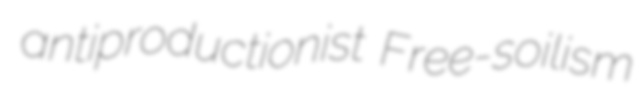
antiproductionist Free-soilism